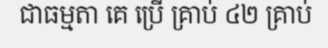
ជាធម្មតា គេ ប្រើ គ្រាប់ ៤២ គ្រាប់